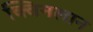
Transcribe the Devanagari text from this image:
क्विनलान